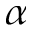
\alpha